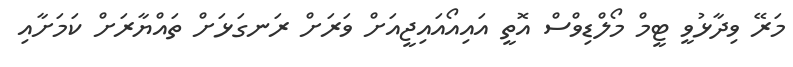
މަރޭ ވިދާޅުވީ ޓީމް މޯލްޑިވްސް އޮތީ އައިއޯއައިޖީއަށް ވަރަށް ރަނގަޅަށް ތައްޔާރަށް ކަމަށާއި